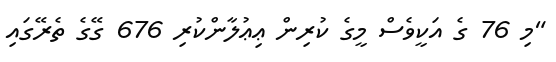
"މި 76 ގެ އަކީވެސް މީގެ ކުރިން ޢިޢުލާންކުރި 676 ގޭގެ ތެރޭގައި